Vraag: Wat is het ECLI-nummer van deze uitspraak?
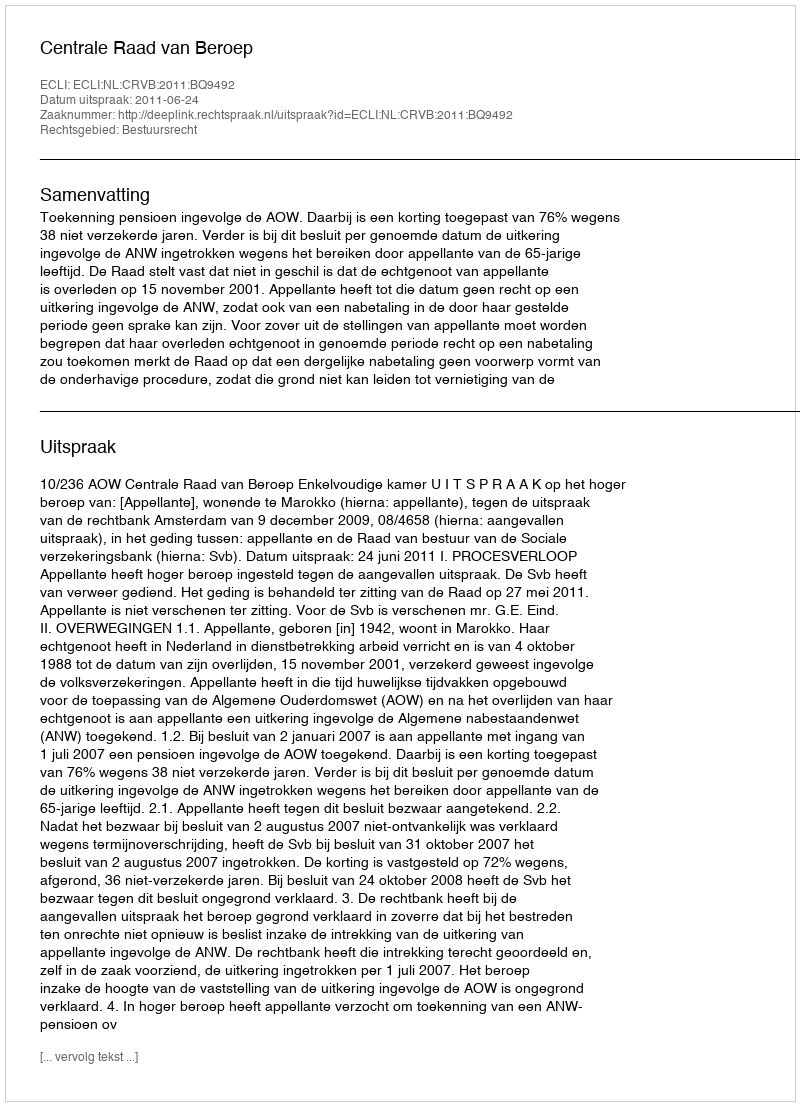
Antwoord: ECLI:NL:CRVB:2011:BQ9492